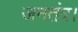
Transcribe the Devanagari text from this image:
जनतंत्र।